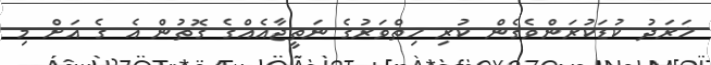
ޚަރަދު ކުޑަކުރަންވެގެން ކުރި ހިތްވަރުގެ ނަތީޖާއެއްގެ ގޮތުން އެ ގެ އަށް މި